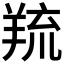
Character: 𦎓